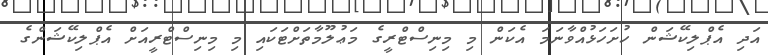
އަދި އެޕްލިކޭޝަން ހުށަހަޅުއްވާނަމަ އެކަން މި މިނިސްޓްރީގެ މަޢުލޫމާތަށްޓަކައި މި މިނިސްޓްރީއަށް އެޕްލިކޭޝަންގެ